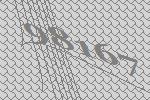
98167